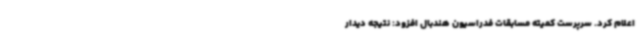
اعلام کرد. سرپرست کمیته مسابقات فدراسیون هندبال افزود: نتیجه دیدار